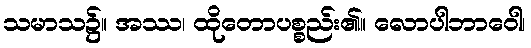
သမာသ၌။ အဿ၊ ထိုတောပစ္စည်း၏။ လောပါဘာဝေါ၊